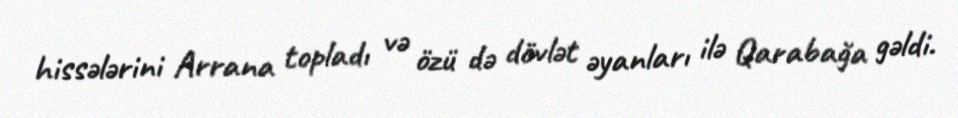
hissələrini Arrana topladı və özü də dövlət əyanları ilə Qarabağa gəldi.